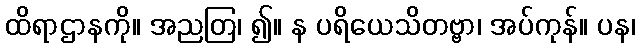
ထိရာဌာနကို။ အညတြ၊ ၍။ န ပရိယေသိတဗ္ဗာ၊ အပ်ကုန်။ ပန၊